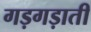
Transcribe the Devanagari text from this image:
गड़गड़ाती